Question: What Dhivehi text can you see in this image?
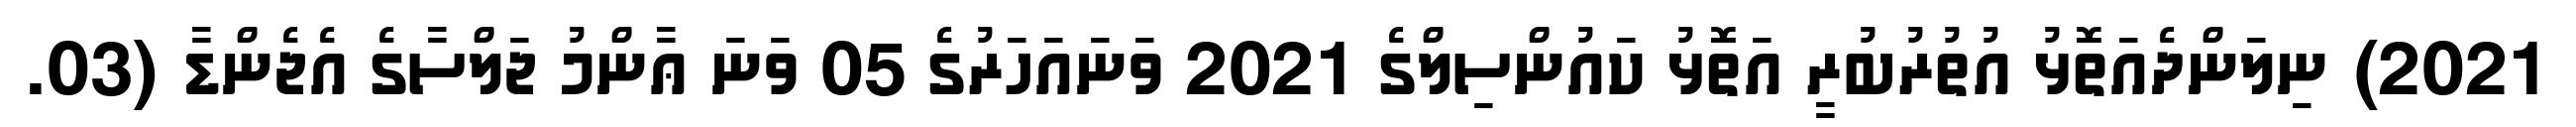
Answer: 2021) ނިލަންދެއަތޮޅު އުތުރުބުރީ އަތޮޅު ކައުންސިލްގެ 2021 ވަނައަހަރުގެ 05 ވަނަ ޢާންމު ޖަލްސާގެ އެޖެންޑާ (03.